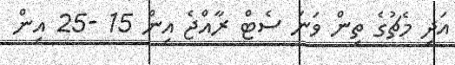
އަދި މެޗުގެ ތިން ވަނަ ސެޓް ރާއްޖެ އިން 15 -25 އިން